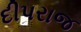
દીપરાજ